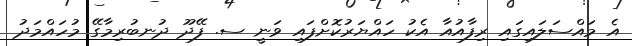
އެ މައްސަލައިގައި ރިފާއުއާ އެކު ހައްޔަރުކޮށްފައި ވަނީ ސ. ފޭދޫ ދުނބުރިމާގޭ މުހައްމަދު